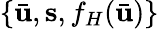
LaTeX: \{ \bar{\mathbf{u}},\mathbf{s},f_{H}(\bar{\mathbf{u}})\}